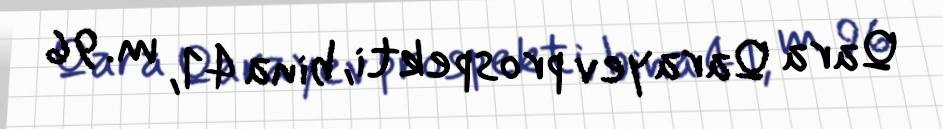
Qara Qarayev prospekti, bina 41, m. 96